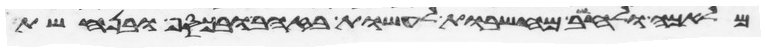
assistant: מלאכה ולחשב מחשבות לעשות בזהב ובכסף ובנחשת